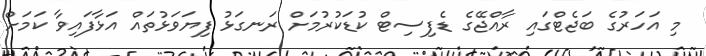
މި އަހަރުގެ ބަޖެޓްގައި ރާއްޖޭގެ ޑެފިސިޓް ކުޑަކުރުމަށް ރަނގަޅު ފިޔަވަޅުތައް އަޅާފައިވާ ކަމަށް